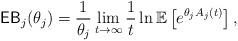
LaTeX: \begin{align*}\displaystyle \mathsf{EB}_j(\theta_j ) = \frac{1}{\theta_j } \mathop {\lim }\limits_{t \to \infty } \frac{1}{t} \ln \mathbb{E} \left[ {e^{\theta_j A_j(t)}} \right],\end{align*}